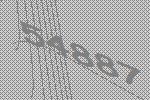
54887